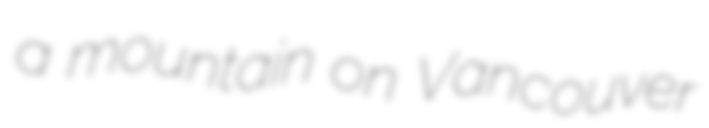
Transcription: a mountain on Vancouver